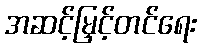
အဆင့်မြှင့်တင်ရေး